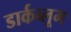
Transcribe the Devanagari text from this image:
डार्कब्लूम